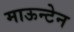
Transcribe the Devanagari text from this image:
माऊन्टेन